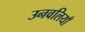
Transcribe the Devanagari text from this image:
उनवलियाँ